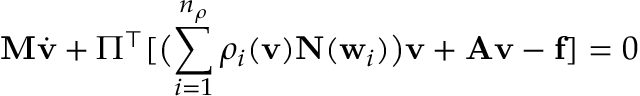
\ensuremath { \mathbf { M } } \dot { \ensuremath { \mathbf { v } } } + \Pi ^ { \top } [ \bigl ( \sum _ { i = 1 } ^ { n _ { \rho } } \rho _ { i } ( \ensuremath { \mathbf { v } } ) \ensuremath { \mathbf { N } } ( \ensuremath { \mathbf { w } } _ { i } ) \bigr ) \ensuremath { \mathbf { v } } + \ensuremath { \mathbf { A } } \ensuremath { \mathbf { v } } - \ensuremath { \mathbf { f } } ] = 0